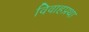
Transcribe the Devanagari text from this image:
विवाहप्रथा